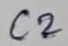
Text: C2